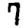
Digit: 7